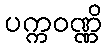
ပက္ကဝဏ္ဏိ